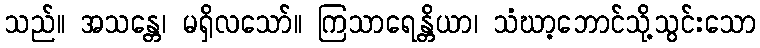
သည်။ အသန္တေ၊ မရှိလသော်။ ကြသာရေန္တိယာ၊ သံဃာ့ဘောင်သို့သွင်းသော